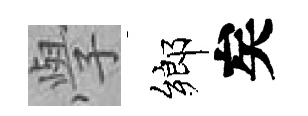
𭓕鄉矣